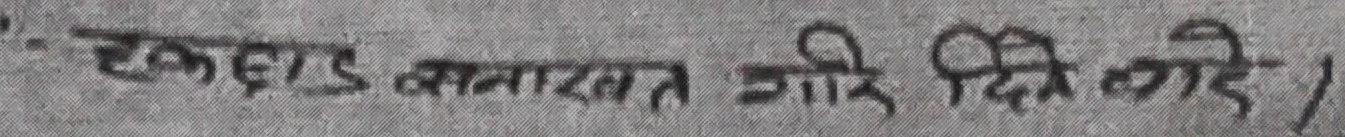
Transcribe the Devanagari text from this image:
एकड बनाबत गरि दिये गरे ।